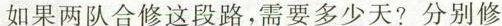
如果两队合修这段路，需要多少天?分别修